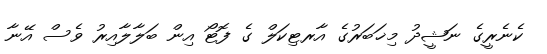
ކެނެރީގެ ނަޝީދު މިޚަބަރުގެ އާރޓިކަލް ގެ ފޮޓޯ އިން ބަލާލާއިރު ވެސް އޭނާ